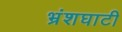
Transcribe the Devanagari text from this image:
भ्रंशघाटी